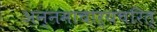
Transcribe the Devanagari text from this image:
अन्नमाचार्यचरित्